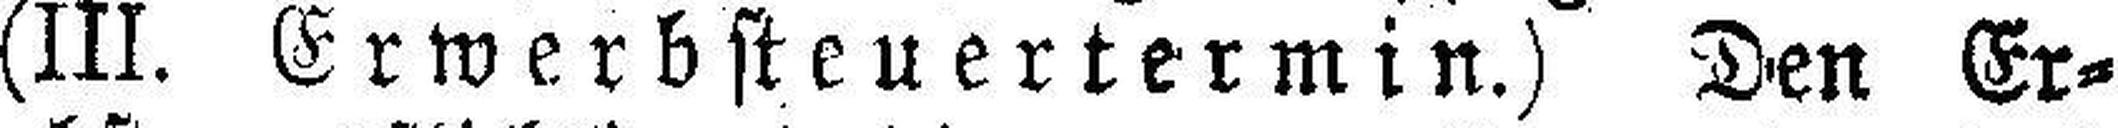
(III. Erwerbsteuertermin.) Den Er¬